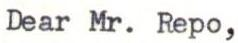
Dear Mr. Repo,